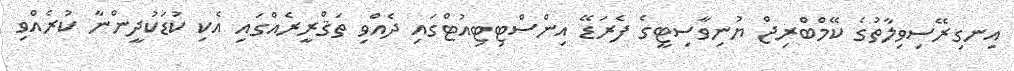
އިނގިރޭސިވިލާތުގެ ކޭމްބްރިޖް ޔުނިވާސިޓީގެ ފެރަޑޭ އިންސްޓިޓިއުޓްގައި ދެއްވި ތަޤްރީރެއްގައި އެކި ކުޑަކުދީންނާ ކުރެއްވި